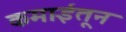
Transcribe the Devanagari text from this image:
कमाईतून